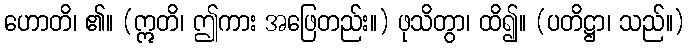
ဟောတိ၊ ၏။ (ဣတိ၊ ဤကား အဖြေတည်း။) ဖုသိတွာ၊ ထိ၍။ (ပတိဋ္ဌာ၊ သည်။)